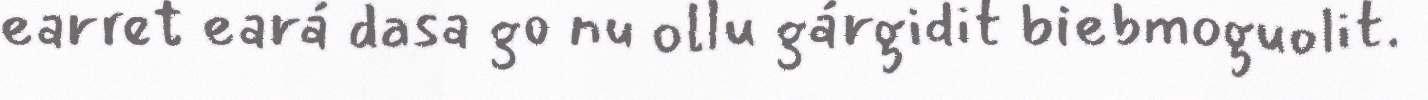
earret eará dasa go nu ollu gárgidit biebmoguolit.